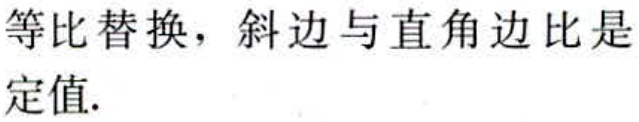
等比替换，斜边与直角边比是定值.